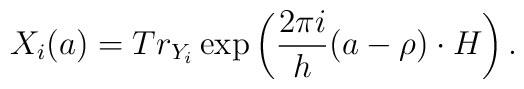
X_i(a)=Tr_{Y_i}\exp \left( \frac{2\pi i}h(a-\rho )\cdot H\right).